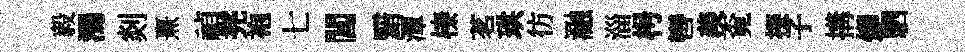
毅濁剡熹禎兠袍七閶黯潭榛茗珙彷瀜淄枵轡羨覔探子搆燁駟